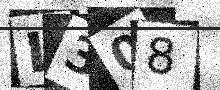
Text: L308